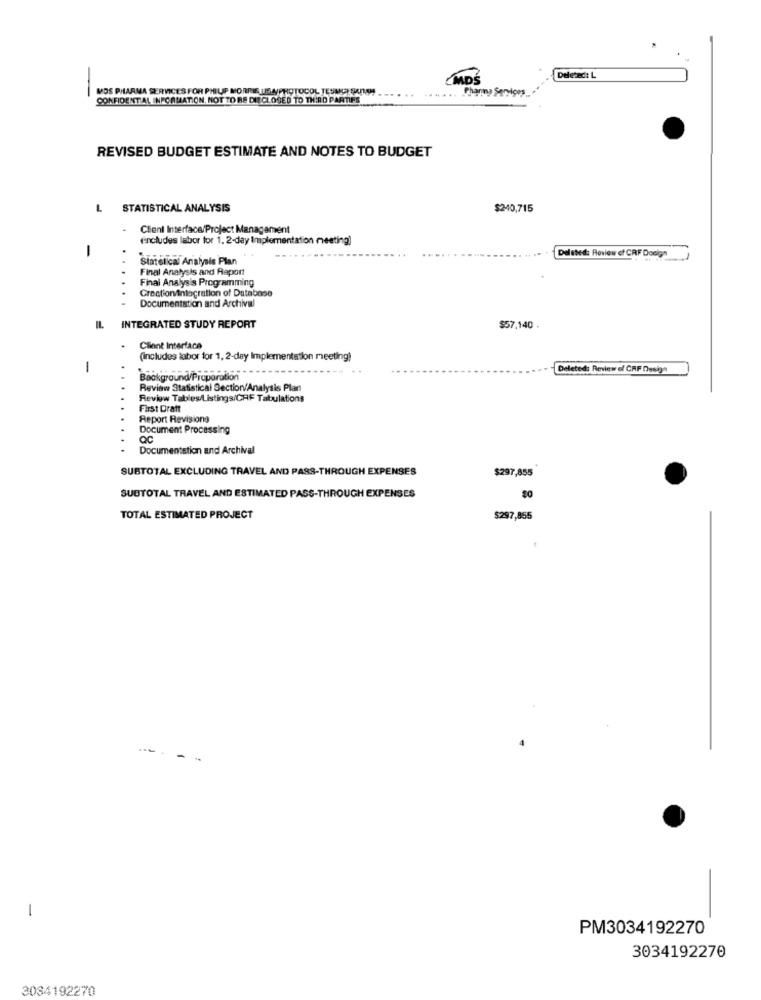
MDŚ
VOS PHARMA SERVICES FOR PHILIP MORRIS USA/PROTOCOL TESUCH SANO
.. ......
Pharny Services
-
CONFIDENTIAL INFORMATION, NOT TO BE DEECLOSED TO THIRD PARTIES
REVISED BUDGET ESTIMATE AND NOTES TO BUDGET
L
STATISTICAL ANALYSIS
$240,715
Client Interface/Project Management
eincludes labor for 1. 2-day Implementation meeting)
-
Deleted: Review of CRF Doelgn
Sint elical Aralysis Plan
-...
...
Final Analysis and Raport
Final Analysis Programming
CrectionIntegration of Database
Documentation and Archival
IL.
INTEGRATED STUDY REPORT
$57.140
Client Interface
(includes labor for 1, 2-day Implementation meeting)
1
Deleted: Review of CRF Design
Background/Praparation
Review Statistical Section/Analysis Plan
Review Tables/Listings/CHF Tabulations
First Draft
Report Revisiong
Document Processing
QC
Documentation and Archival
SUBTOTAL EXCLUDING TRAVEL AND PASS-THROUGH EXPENSES
$297,855
SUBTOTAL TRAVEL AND ESTIMATED PASS-THROUGH EXPENSES
TOTAL ESTIMATED PROJECT
$297,855
- -
-
-
PM3034192270
3034192270
3034192270